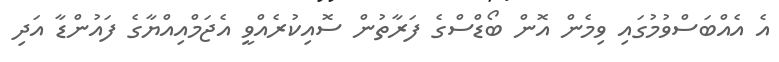
އެ އެއްބަސްވުމުގައި ވިމެން އޮން ބޯޑްސްގެ ފަރާތުން ސޮއިކުރެއްވީ އެޖަމްއިއްޔާގެ ފައުންޑާ އަދި